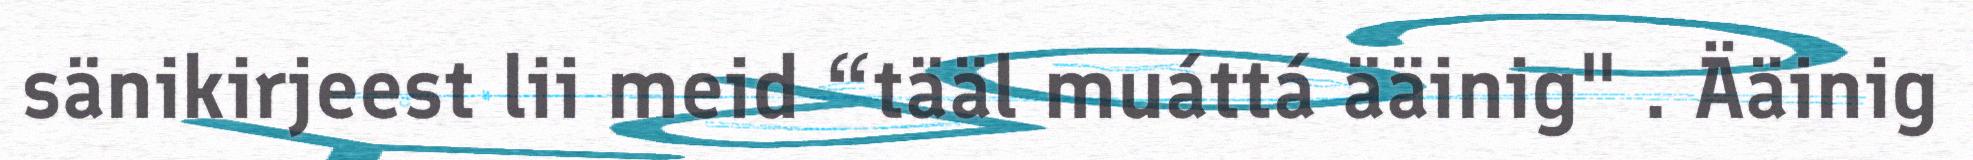
sänikirjeest lii meid “tääl muáttá ääinig" . Ääinig